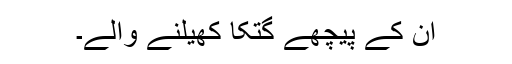
ان کے پیچھے گتکا کھیلنے والے۔